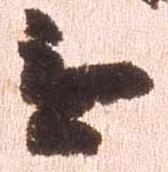
無